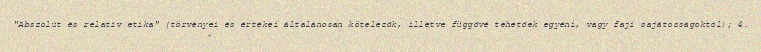
"Abszolút és relatív etika" (törvényei és értékei általánosan kötelezők, illetve függővé tehetőek egyéni, vagy faji sajátosságoktól); 4.